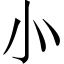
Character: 㣺